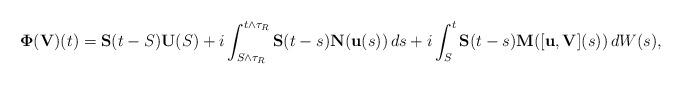
LaTeX: \begin{align*} \mathbf \Phi(\mathbf V)(t) = \mathbf S(t-S) \mathbf U(S) + i \int_{S \wedge \tau_R}^{t \wedge \tau_R} \mathbf S(t-s) \mathbf N(\mathbf u(s)) \, ds + i \int_{S}^t \mathbf S(t-s) \mathbf M([\mathbf u,\mathbf V](s)) \, dW(s),\end{align*}